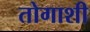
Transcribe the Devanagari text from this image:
तोगाशी